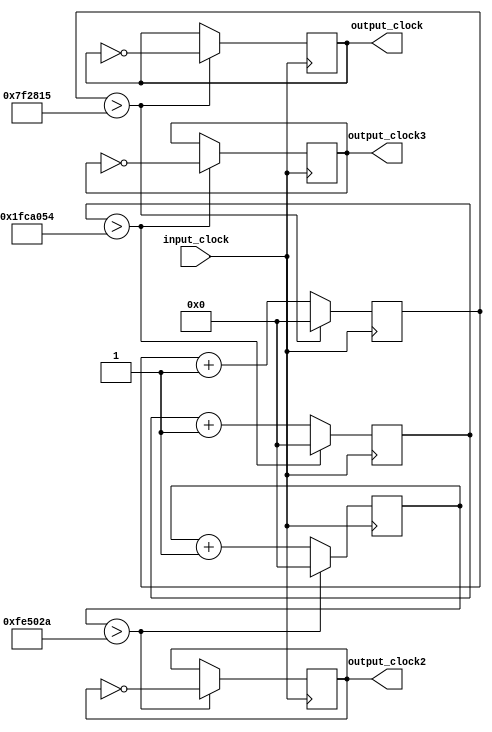
`timescale 1ns / 1ps
//////////////////////////////////////////////////////////////////////////////////
// Company: 
// Engineer: 
// 
// Design Name: 
// Module Name:    Code 
// Project Name: 
// Target Devices: 
// Tool versions: 
// Description: 
//
// Dependencies: 
//
// Revision: 
// Revision 0.01 - File Created
// Additional Comments: 
//
//////////////////////////////////////////////////////////////////////////////////
module Code(
    input input_clock,
	 output reg output_clock = 0,
	 output reg output_clock2 = 0,
	 output reg output_clock3 = 0
    );
	 reg [24:0] count = 0;
	 reg [24:0] count2 = 0;
	 reg [24:0] count3 = 0;
	 always@(posedge input_clock)
	 begin
		if(count > 8333333)
		begin
			output_clock <= ~output_clock;
			count<=0;
		end
		else
		begin
			count <= count + 1;
		end
		if(count2 > 16666666)
		begin
			output_clock2 <= ~output_clock2;
			count2<=0;
		end
		else
		begin
			count2 <= count2 + 1;
		end
		if(count3 > 33333332)
		begin
			output_clock3 <= ~output_clock3;
			count3<=0;
		end
		else
		begin
			count3 <= count3 + 1;
		end
	end
endmodule